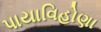
પાયાવિહોણા